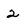
Character: 2